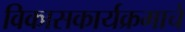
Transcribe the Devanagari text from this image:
विकासकार्यक्रमाचे